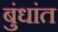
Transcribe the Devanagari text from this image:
बुंधांत